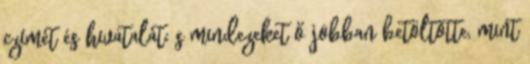
czímét és hivatalát; s mindezeket ő jobban betöltötte, mint